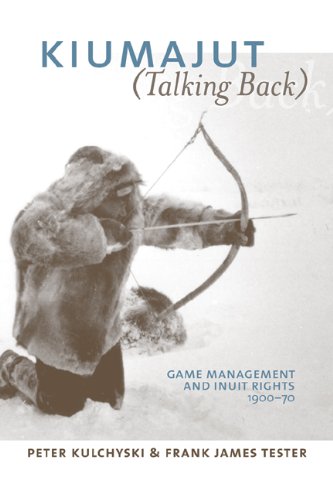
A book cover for Kiumajut / Talking Back: Game Management and Inuit Rights, 1950-70; Peter Kulchyski; Law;